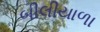
બીલીયાળા